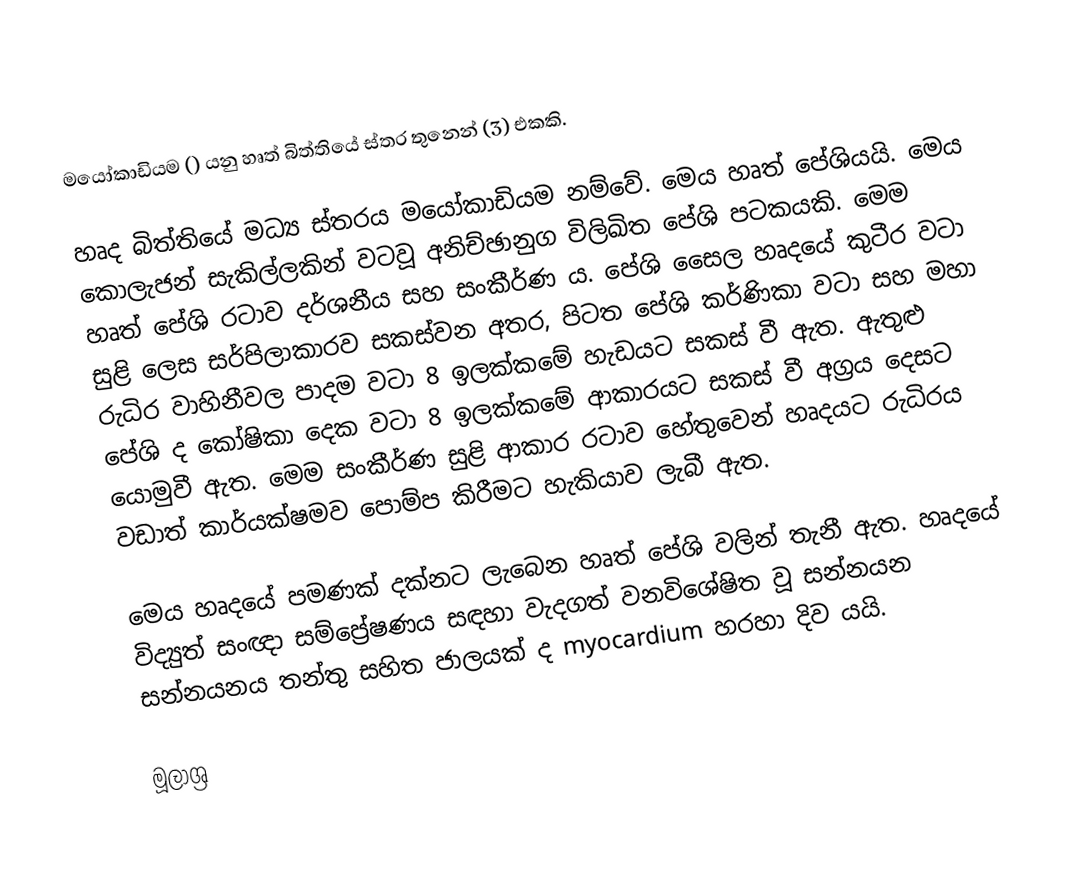
මයෝකාඩියම () යනු හෘත් බිත්තියේ ස්තර තුනෙන් (3) එකකි.

හෘද බිත්තියේ මධ්‍ය ස්තරය මයෝකාඩියම නම්වේ. මෙය හෘත් පේශියයි. මෙය කොලැජන් සැකිල්ලකින් වටවූ අනිච්ඡානුග විලිඛිත පේශි පටකයකි. මෙම හෘත් පේශි රටාව දර්ශනීය සහ සංකීර්ණ ය. පේශි සෛල හෘදයේ කුටීර වටා සුළි ලෙස සර්පිලාකාරව සකස්වන අතර, පිටත පේශි කර්ණිකා ව‍ටා සහ මහා රුධිර වාහිනීවල පාදම වටා 8 ඉලක්කමේ හැඩයට සකස් වී ඇත. ඇතුළු පේශි ද කෝෂිකා දෙක වටා 8 ඉලක්කමේ ආකාරයට සකස් වී අග්‍රය දෙසට යොමුවී ඇත. මෙම සංකීර්ණ සුළි ආකාර රටාව හේතුවෙන් හෘදයට රුධිරය වඩාත් කාර්යක්ෂමව පොම්ප කිරීමට හැකියාව ලැබී ඇත.

මෙය හෘදයේ පමණක් දක්නට ලැබෙන හෘත් පේශි වලින් තැනී ඇත. හෘදයේ විද්‍යුත් සංඥා සම්ප්‍රේෂණය සඳහා වැදගත් වනවිශේෂිත වූ සන්නයන සන්නයනය තන්තු සහිත ජාලයක් ද myocardium හරහා දිව යයි.

මූලාශ්‍ර